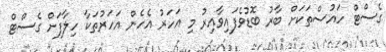
ގެސްޓް ހައުސްތަކަށް ބާރު ބޮޑުވެފައިވާއިރު މި އަހަރު އެހެން އަހަރުތަކާ ހިލާފަށް ގެސްޓް